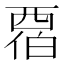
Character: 𬡹